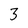
Character: 3